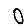
Digit: 0